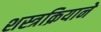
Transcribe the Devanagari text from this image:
शस्त्रक्रियाने